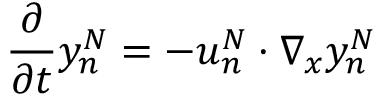
\frac { \partial } { \partial t } y _ { n } ^ { N } = - u _ { n } ^ { N } \cdot \nabla _ { x } y _ { n } ^ { N }